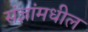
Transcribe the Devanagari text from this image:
संज्ञांमधील